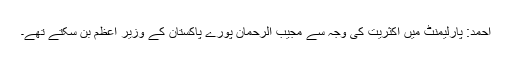
احمد: پارلیمنٹ میں اکثریت کی وجہ سے مجیب الرحمان پورے پاکستان کے وزیر اعظم بن سکتے تھے۔